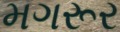
મગરૂર